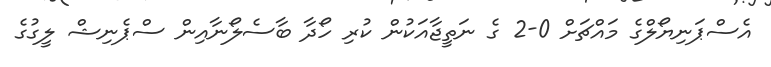
އެސްޕަނިޔޯލްގެ މައްޗަށް 0-2 ގެ ނަތީޖާއަކުން ކުރި ހޯދާ ބާސެލޯނާއިން ސްޕެނިޝް ލީގުގެ